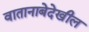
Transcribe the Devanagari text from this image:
वातानाबेदेखील